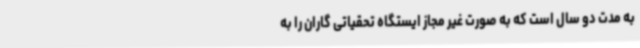
به مدت دو سال است که به صورت غیر مجاز ایستگاه تحقیاتی گاران را به